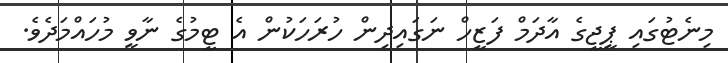
މިނެޓުގައި ޕީޖީގެ އާދަމް ފަޒީހް ނަގައިދިން ހުރަހަކުން އެ ޓީމުގެ ނާވީ މުހައްމަދެވެ.